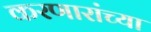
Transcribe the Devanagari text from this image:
करणारांच्या